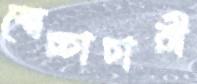
স্বেচ্চাচারী